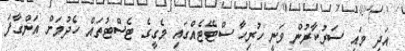
އަދި މައި ސަރުކާރުން ވަނީ ހުރިހާ ސްޓޭޓެއްގައި މެގީގެ ޓެސްޓުތައް ހެދުމަށް އަންގާފަ